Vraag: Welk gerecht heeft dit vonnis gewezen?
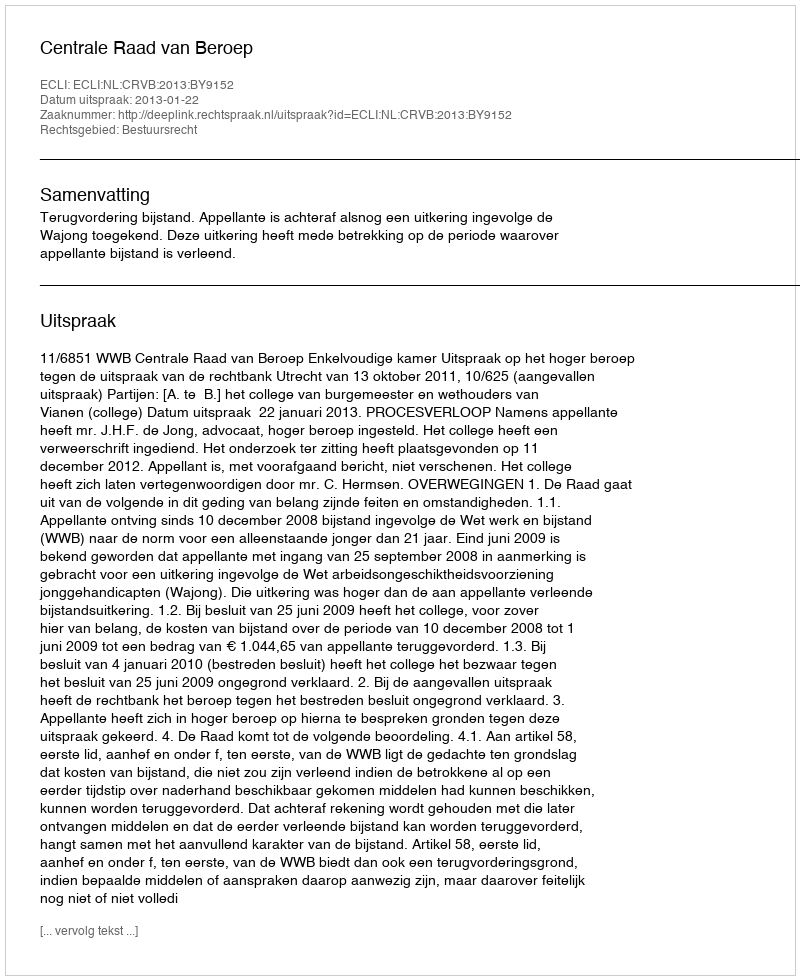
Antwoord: Centrale Raad van Beroep